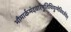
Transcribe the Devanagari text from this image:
भौमार्कमंदवारेषुतिथियुग्मेविवर्जयेत्